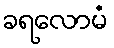
ခရလောမံ